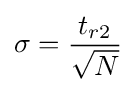
\sigma ={\frac {t_{r2}}{\sqrt {N}}}